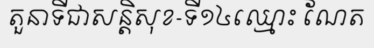
តួនាទីជាសន្តិសុខ-ទី១៤ឈ្មោះ ណែត